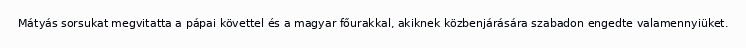
Mátyás sorsukat megvitatta a pápai követtel és a magyar főurakkal, akiknek közbenjárására szabadon engedte valamennyiüket.